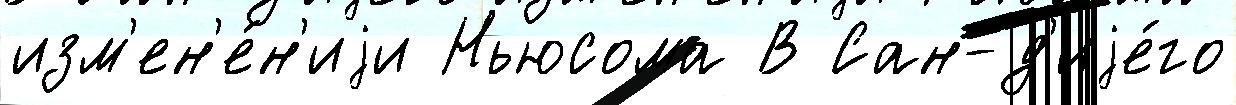
изм'ен'е́н'иjи Ньюсома В Сан-д'иjе́го